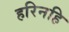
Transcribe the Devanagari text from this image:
हरिनहि